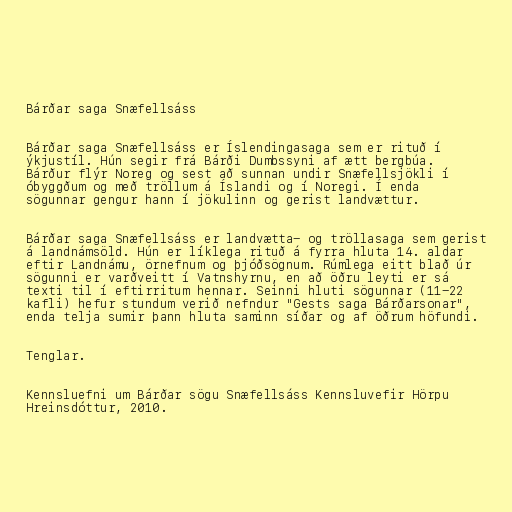
Bárðar saga Snæfellsáss

Bárðar saga Snæfellsáss er Íslendingasaga sem er rituð í
ýkjustíl. Hún segir frá Bárði Dumbssyni af ætt bergbúa.
Bárður flýr Noreg og sest að sunnan undir Snæfellsjökli í
óbyggðum og með tröllum á Íslandi og í Noregi. Í enda
sögunnar gengur hann í jökulinn og gerist landvættur.

Bárðar saga Snæfellsáss er landvætta- og tröllasaga sem gerist
á landnámsöld. Hún er líklega rituð á fyrra hluta 14. aldar
eftir Landnámu, örnefnum og þjóðsögnum. Rúmlega eitt blað úr
sögunni er varðveitt í Vatnshyrnu, en að öðru leyti er sá
texti til í eftirritum hennar. Seinni hluti sögunnar (11-22
kafli) hefur stundum verið nefndur "Gests saga Bárðarsonar",
enda telja sumir þann hluta saminn síðar og af öðrum höfundi.

Tenglar.

Kennsluefni um Bárðar sögu Snæfellsáss Kennsluvefir Hörpu
Hreinsdóttur, 2010.